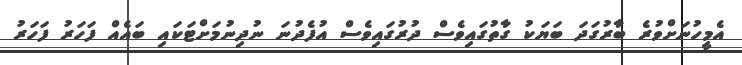
އެމީހުނަށްވުރެ ބާރުގަދަ ބަޔަކު ގާތުގައިވެސް ދުރުގައިވެސް އުފެދުނަ ނުދިނުމަށްޓަކައި ބައެއް ފަހަރު ފަހަރު